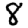
Digit: 8